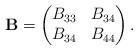
LaTeX: \begin{align*}\mathbf{B}=\begin{pmatrix} B_{33} & B_{34}\\B_{34} & B_{44}\end{pmatrix}.\end{align*}